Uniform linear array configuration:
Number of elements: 48
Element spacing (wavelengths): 0.25
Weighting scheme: cosine
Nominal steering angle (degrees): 60
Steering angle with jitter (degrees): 61.826
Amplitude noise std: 0.05
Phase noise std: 0.05

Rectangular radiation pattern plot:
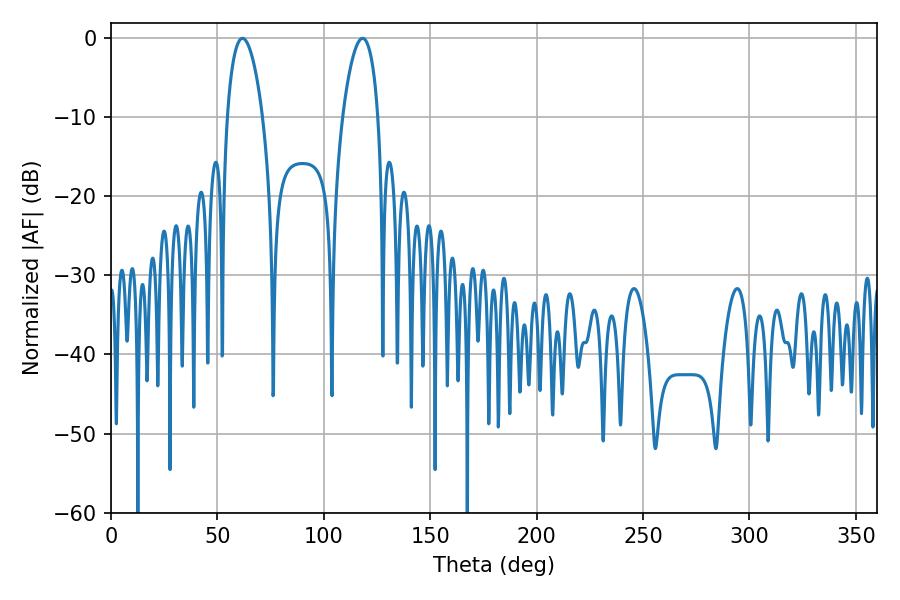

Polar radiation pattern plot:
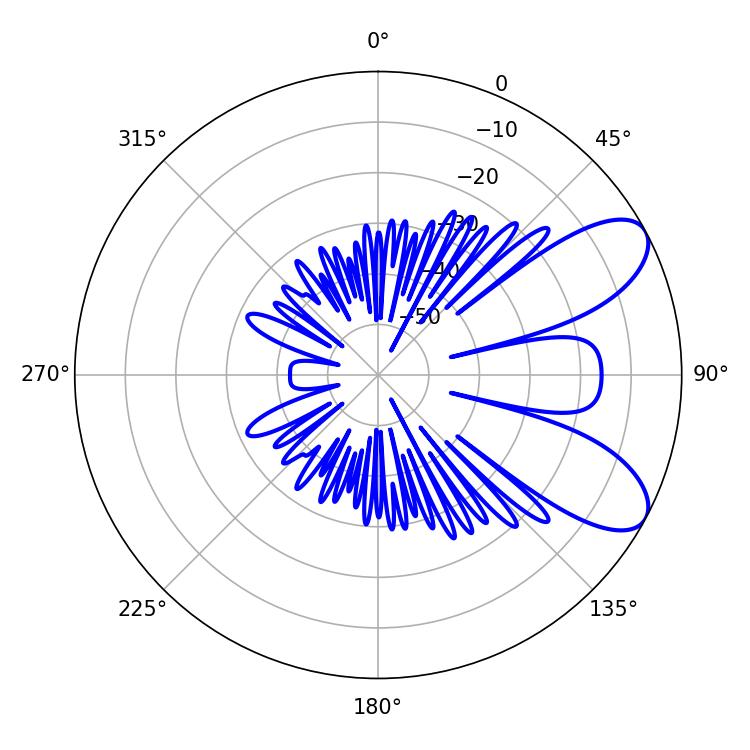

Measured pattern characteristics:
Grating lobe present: FALSE
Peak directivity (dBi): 7.996
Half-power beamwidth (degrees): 9.36
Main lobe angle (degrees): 61.74